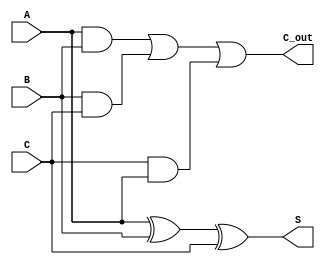
module CarrySaveAdder (
    input [3:0] A,    // 4-bit input A
    input [3:0] B,    // 4-bit input B
    input [3:0] C,    // 4-bit input C
    output [3:0] S,   // 4-bit sum output
    output [3:0] C_out // 4-bit carry output
);

    // Intermediate wires for partial sums and carries
    wire [3:0] sum_partial;
    wire [3:0] carry_partial;

    // Calculate partial sums and carries
    assign sum_partial = A ^ B ^ C; // S_i = A_i XOR B_i XOR C_i
    assign carry_partial = (A & B) | (B & C) | (C & A); // C_i = (A_i AND B_i) OR (B_i AND C_i) OR (C_i AND A_i)

    // Final carry and sum calculation
    // The final sum and carry would be calculated using a simple adder or another CSA.
    // Here we will just output the partial results for simplicity.
    assign S = sum_partial; // The direct sum output
    assign C_out = carry_partial; // The direct carry output

endmodule